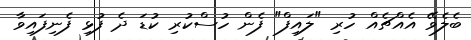
ބެލެވޭ އެއްޗެއް ހުރި "ލައިފް" ފެން ހުސްކުރި ކުޑަ ދެ ފުޅި ފެނިފައިވާ